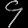
Digit: ၄